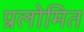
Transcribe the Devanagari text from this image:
प्रलोमित